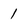
Character: 1